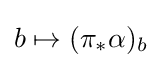
b\mapsto (\pi _{*}\alpha )_{b}